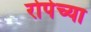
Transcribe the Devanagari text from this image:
रोपेच्या